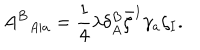
{ A ^ { B } } _ { A | a } = { \frac { 1 } { 4 } } \lambda \delta _ { A } ^ { B } \bar { \zeta } ^ { I } \gamma _ { a } \zeta _ { I } .